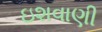
ઇશવાણી